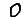
Digit: 0